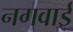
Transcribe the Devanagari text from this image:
नगवाई